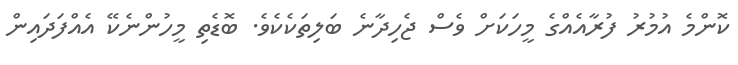
ކޮންމެ އުމުރު ފުރާއެއްގެ މީހަކަށް ވެސް ޖެހިދާނެ ބަލިތަކެކެވެ. ބޮޑެތި މީހުންނެކޭ އެއްފަދައިން